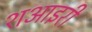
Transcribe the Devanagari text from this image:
शआइरी